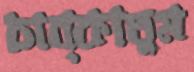
চাব্‌কাতুম